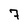
Character: 7